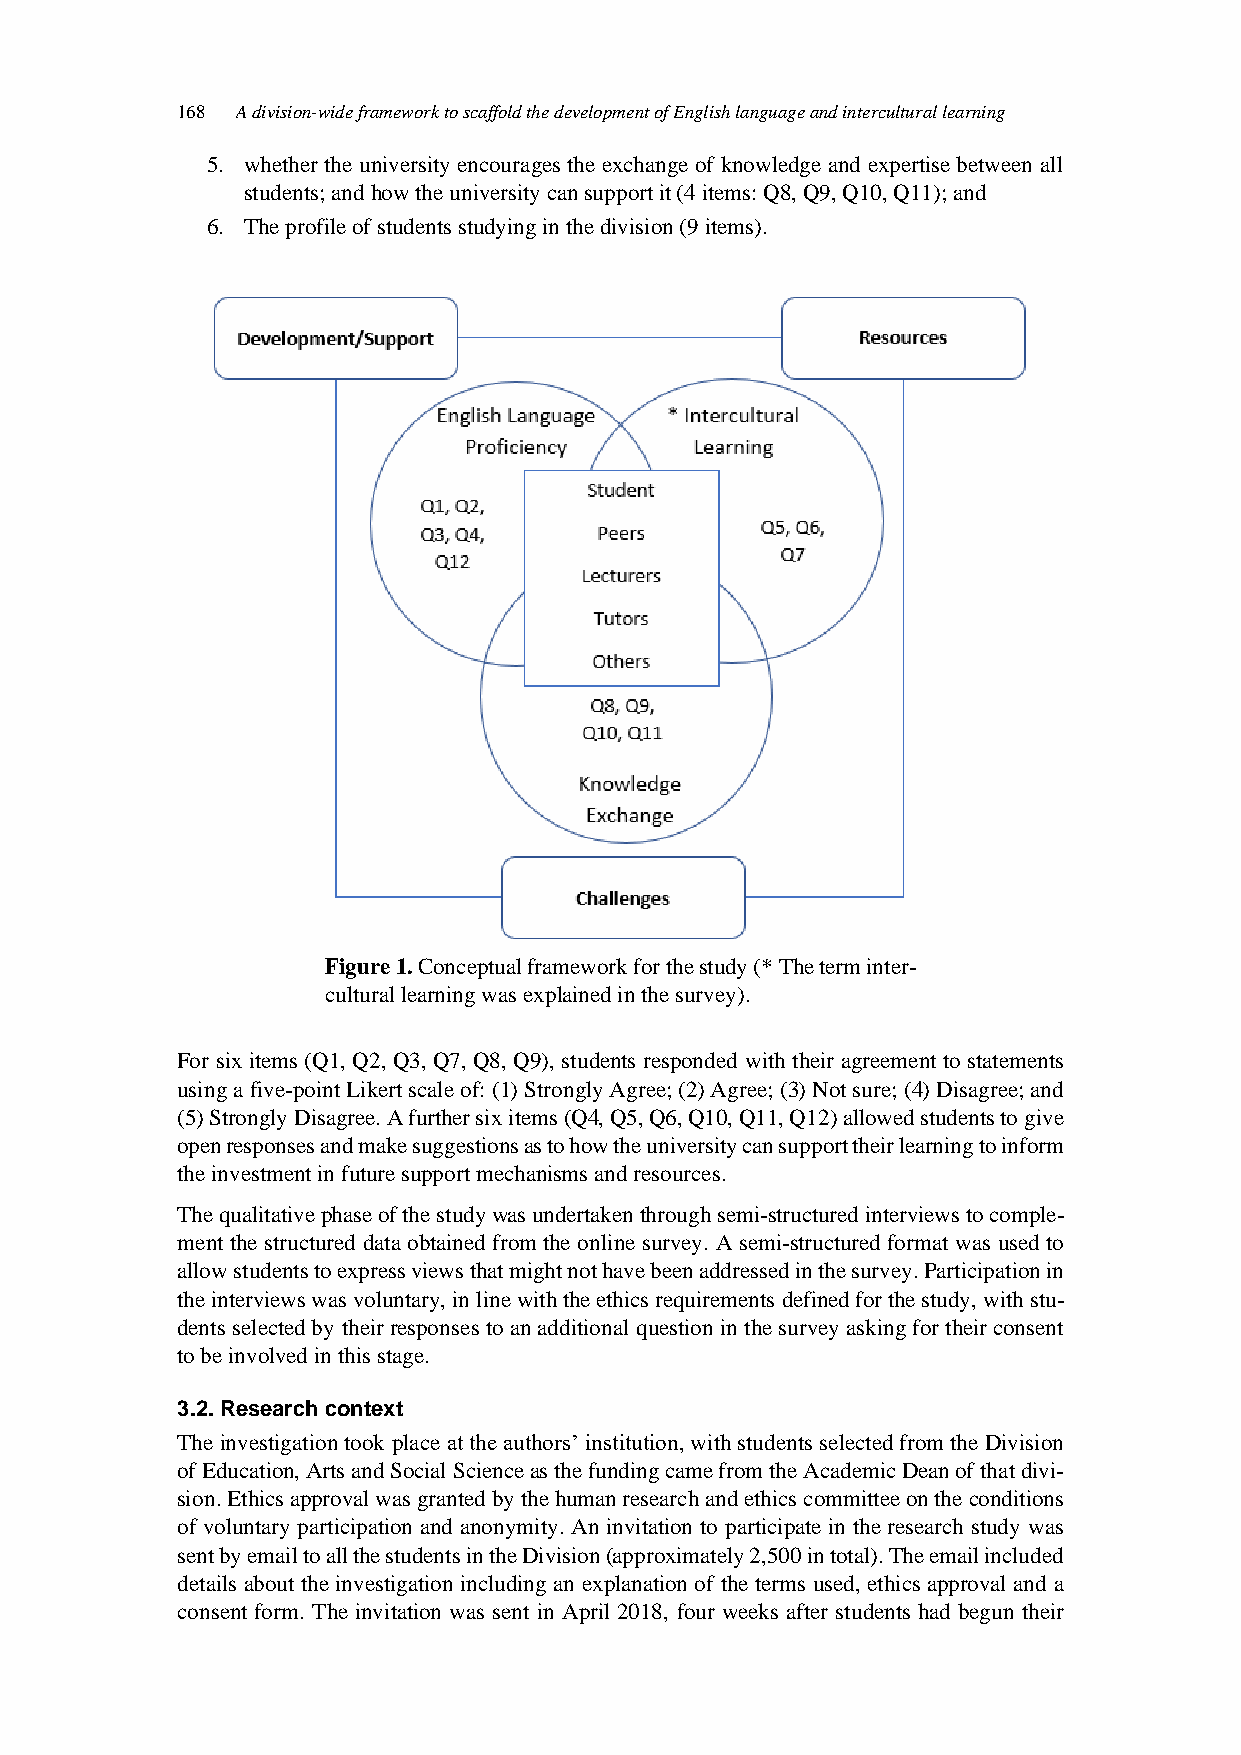
168 A division-wide framework to scaffold the development of English language and intercultural learning
 5. whether the university encourages the exchange of knowledge and expertise between all
 students; and how the university can support it (4 items: Q8, Q9, Q10, Q11); and
 6. The profile of students studying in the division (9 items).
 Figure 1. Conceptual framework for the study (* The term inter-
 cultural learning was explained in the survey).
 For six items (Q1, Q2, Q3, Q7, Q8, Q9), students responded with their agreement to statements
 using a five-point Likert scale of: (1) Strongly Agree; (2) Agree; (3) Not sure; (4) Disagree; and
 (5) Strongly Disagree. A further six items (Q4, Q5, Q6, Q10, Q11, Q12) allowed students to give
 open responses and make suggestions as to how the university can support their learning to inform
 the investment in future support mechanisms and resources.
 The qualitative phase of the study was undertaken through semi-structured interviews to comple-
 ment the structured data obtained from the online survey. A semi-structured format was used to
 allow students to express views that might not have been addressed in the survey. Participation in
 the interviews was voluntary, in line with the ethics requirements defined for the study, with stu-
 dents selected by their responses to an additional question in the survey asking for their consent
 to be involved in this stage.
 3.2. Research context
 The investigation took place at the authors’ institution, with students selected from the Division
 of Education, Arts and Social Science as the funding came from the Academic Dean of that divi-
 sion. Ethics approval was granted by the human research and ethics committee on the conditions
 of voluntary participation and anonymity. An invitation to participate in the research study was
 sent by email to all the students in the Division (approximately 2,500 in total). The email included
 details about the investigation including an explanation of the terms used, ethics approval and a
 consent form. The invitation was sent in April 2018, four weeks after students had begun their